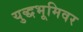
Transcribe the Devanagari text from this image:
युद्धभूमिवर